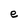
Character: e